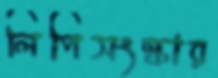
লিপিসংস্কার